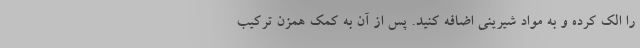
را الک کرده و به مواد شیرینی اضافه کنید. پس از آن به کمک همزن ترکیب